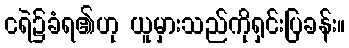
ငရဲ၌ခံရ၏ဟု ယူမှားသည်ကိုရှင်းပြခန်း။